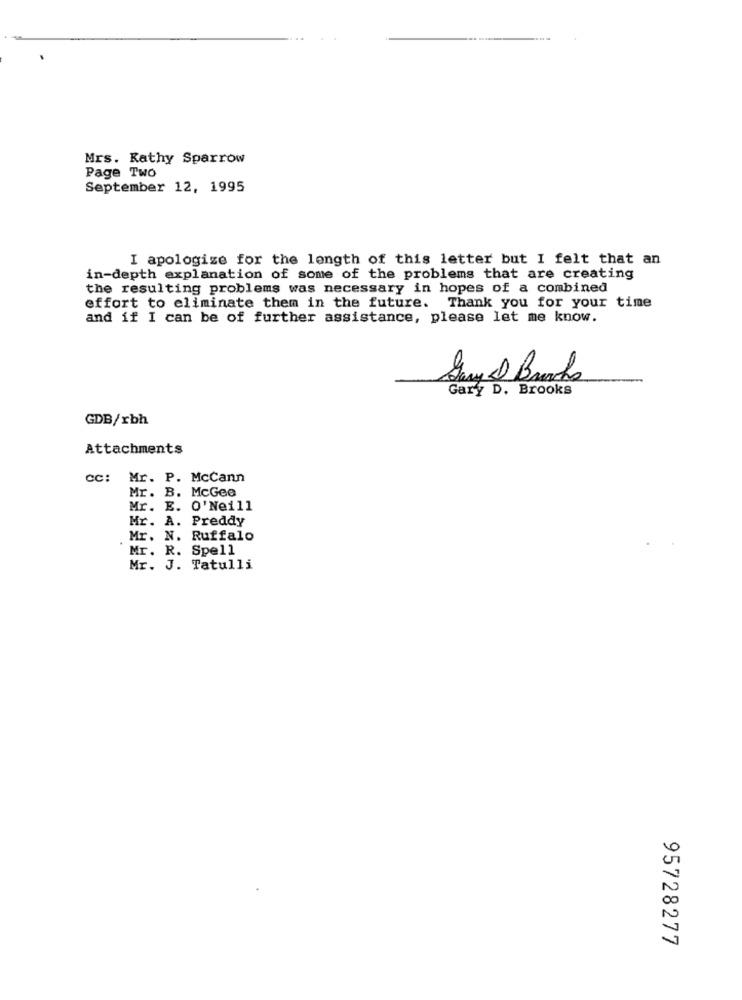
Mrs. Kathy Sparrow
Page Two
September 12, 1995
I apologize for the length of this letter but I felt that an
in-depth explanation of some of the problems that are creating
the resulting problems was necessary in hopes of a combined
effort to eliminate them in the future. Thank you for your time
and if I can be of further assistance, please let me know.
NO
Gary D. Brooks
GDB/rbh
Attachments
cc: Mr. P. McCann
Mr. B. McGee
Mr. E. O' Neill
Mr. A. Preddy
Mr. N. Ruffalo
Mr. R. Spell
Mr. J. Tatulli
95728277